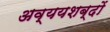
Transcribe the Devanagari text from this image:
अव्ययशब्दों